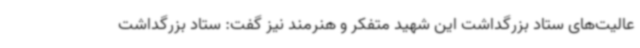
عالیت‌های ستاد بزرگداشت این شهید متفکر و هنرمند نیز گفت: ستاد بزرگداشت